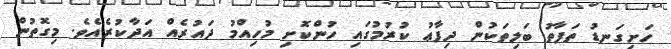
ހަށިގަނޑު ތަފާތު ބަލިތަކުން ދިފާޢު ކުރުމުގައި ހުންކޮށި މުހިއްމު ދައުރެއް އަދާކުރެއެވެ. މިގޮތުން